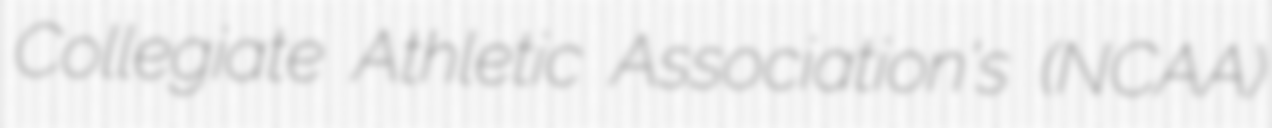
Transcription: Collegiate Athletic Association's (NCAA)